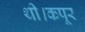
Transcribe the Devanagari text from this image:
थी।कपूर